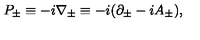
P _ { \pm } \equiv - i \nabla _ { \pm } \equiv - i ( \partial _ { \pm } - i A _ { \pm } ) ,